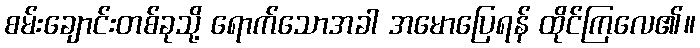
စမ်းချောင်းတစ်ခုသို့ ရောက်သောအခါ အမောပြေရန် ထိုင်ကြလေ၏။